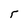
Character: r